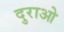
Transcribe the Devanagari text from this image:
दुराओ